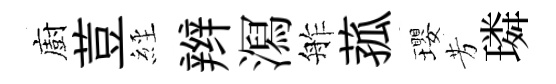
廚荳𦀇辫㵼舴菰瓔芳璘